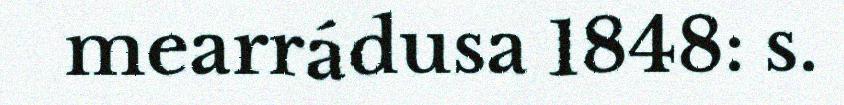
mearrádusa 1848: s.